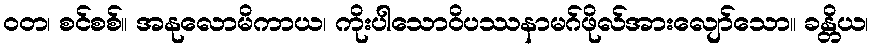
ဝတ၊ စင်စစ်။ အနုလောမိကာယ၊ ကိုးပါသောဝိပဿနာမဂ်ဖိုလ်အားလျော်သော။ ခန္တိယ၊